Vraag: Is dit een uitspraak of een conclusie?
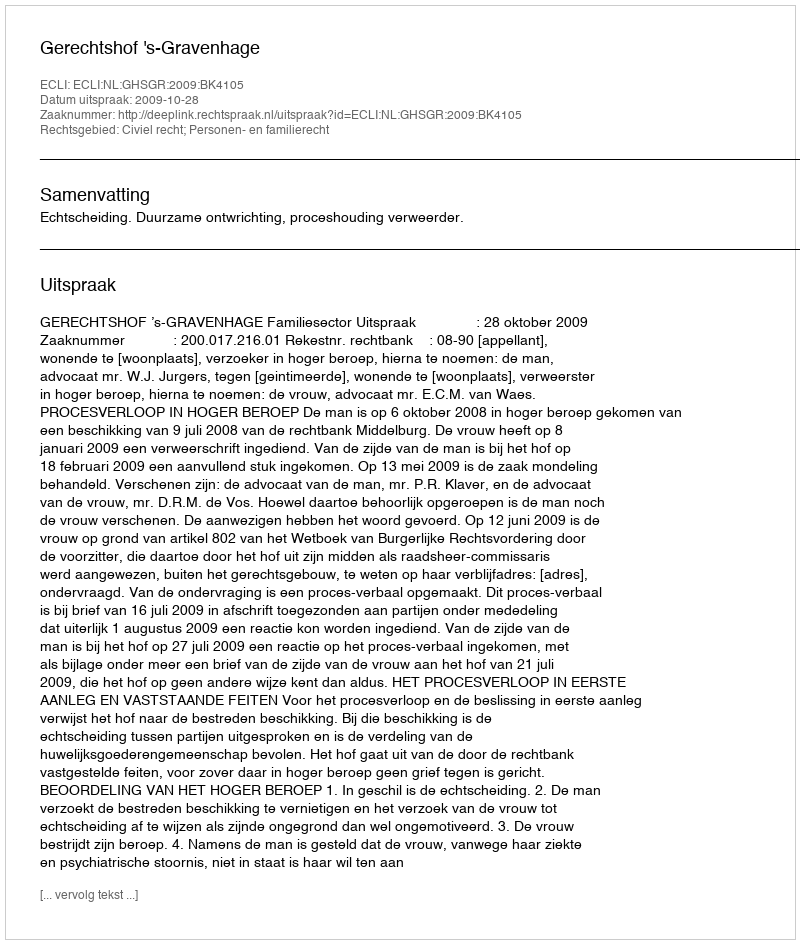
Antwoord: Uitspraak